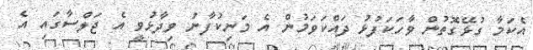
އެކަމާ ގުޅޭގޮތުން ވާހަކަފުޅު ދައްކަވަމުން އެ މަނިކުފާނު ވިދާޅުވީ އެ ޖަލްސާގައި އެ